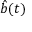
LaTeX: { \hat { b } } ( t )